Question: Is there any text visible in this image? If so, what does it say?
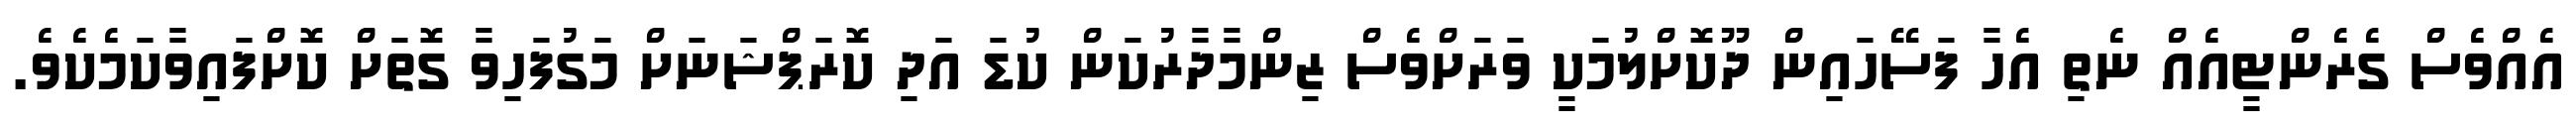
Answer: އެއްވެސް ގެރެންޓީއެއް ނެތި އެހާ ފަސޭހައިން ދޫކޮށްލުމަކީ ވަރަށްވެސް ޒިންމާދާރުކަން ކުޑަ އަދި ކޮރަޕްޝަނަށް މަގުފަހިވާ ގޮތަށް ކޮށްފައިވާކަމެކެވެ.